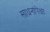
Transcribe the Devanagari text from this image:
साधनांपेक्षा